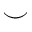
\smile